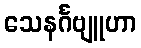
သေနင်္ဂဗျူဟာ